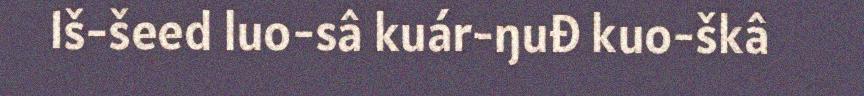
Iš-šeed luo-sâ kuár-ŋuđ kuo-škâ